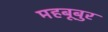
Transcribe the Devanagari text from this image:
महबूबुर